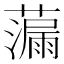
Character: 𫊁